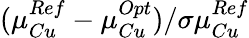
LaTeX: (\mu_{Cu}^{Ref}-\mu_{Cu}^{Opt})/\sigma\mu_{Cu}^{Ref}